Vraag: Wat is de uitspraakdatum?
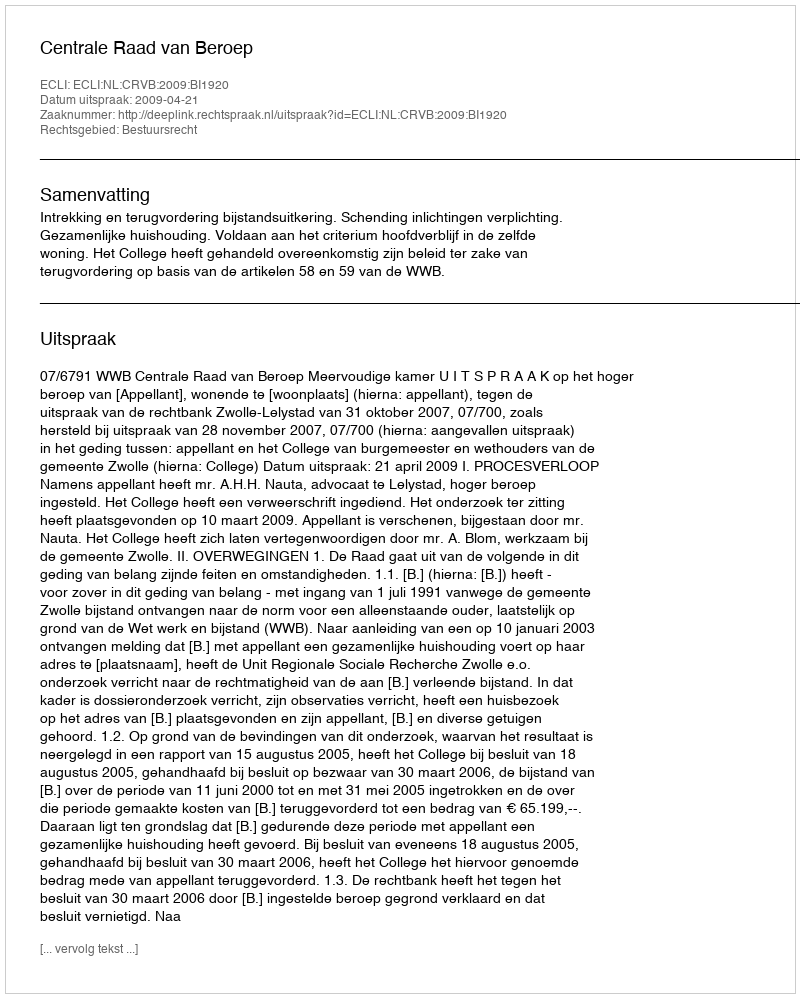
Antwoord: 2009-04-21